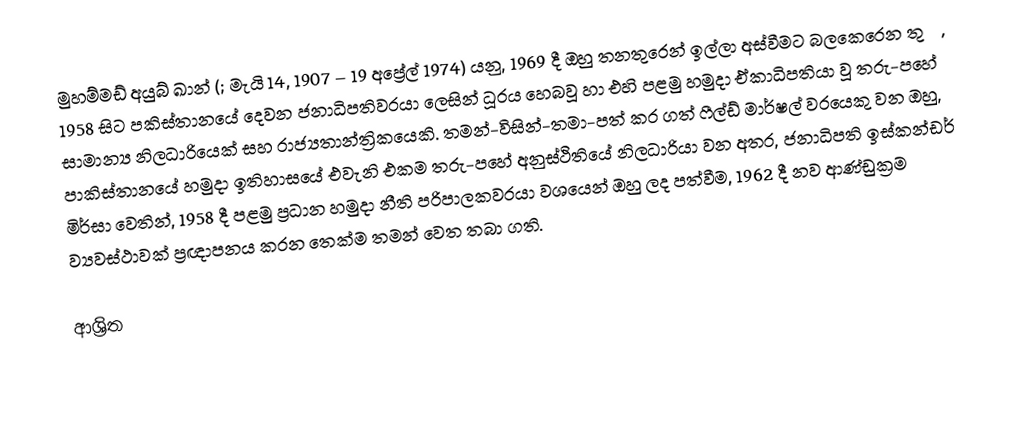
මුහම්මඩ් අයුබ් ඛාන් (; මැයි 14, 1907 – 19 අප්‍රේල් 1974) යනු, 1969 දී ඔහු තනතුරෙන් ඉල්ලා අස්වීමට බලකෙරෙන තුරු, 1958 සිට    පකිස්තානයේ දෙවන ජනාධිපතිවරයා ලෙසින් ධූරය හෙබවූ හා එහි පළමු හමුදා ඒකාධිපතියා වූ  තරු-පහේ සාමාන්‍ය නිලධාරියෙක් සහ රාජ්‍යතාන්ත්‍රිකයෙකි.  තමන්-විසින්-තමා-පත් කර ගත් ෆීල්ඩ් මාර්ෂල් වරයෙකු වන ඔහු, පාකිස්තානයේ හමුදා ඉතිහාසයේ එවැනි එකම තරු-පහේ අනුස්ථිතියේ නිලධාරියා වන අතර, ජනාධිපති ඉස්කන්ඩර් මිර්සා වෙතින්,  1958 දී පළමු  ප්‍රධාන හමුදා නීති පරිපාලකවරයා වශයෙන් ඔහු ලද පත්වීම, 1962 දී නව ආණ්ඩුක්‍රම ව්‍යවස්ථාවක් ප්‍රඥාපනය කරන තෙක්ම තමන් වෙත තබා ගති.

ආශ්‍රිත